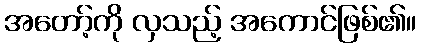
အတော့်ကို လှသည့် အကောင်ဖြစ်၏။